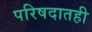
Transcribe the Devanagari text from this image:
परिषदातही